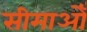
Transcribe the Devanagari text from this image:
सीमाओँ